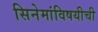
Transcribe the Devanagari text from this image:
सिनेमांविषयीची